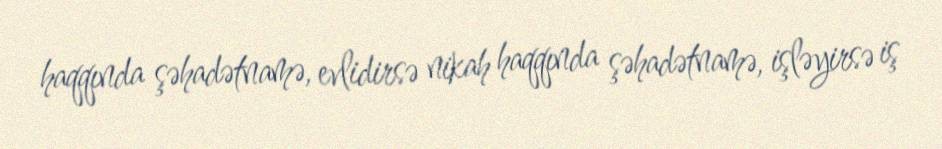
haqqında şəhadətnamə, evlidirsə nikah haqqında şəhadətnamə, işləyirsə iş